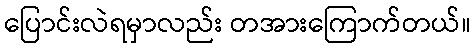
ပြောင်းလဲရမှာလည်း တအားကြောက်တယ်။